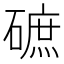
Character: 𱴰